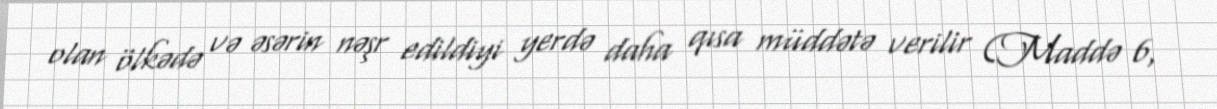
olan ölkədə və əsərin nəşr edildiyi yerdə daha qısa müddətə verilir (Maddə 6,